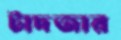
টাদজার